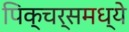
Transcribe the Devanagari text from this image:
पिक्‍चर्समध्ये